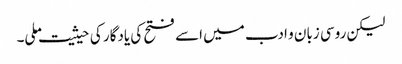
لیکن روسی زبان و ادب میں اسے فتح کی یادگار کی حیثیت ملی۔